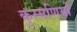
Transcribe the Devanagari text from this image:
कुम्मणियों